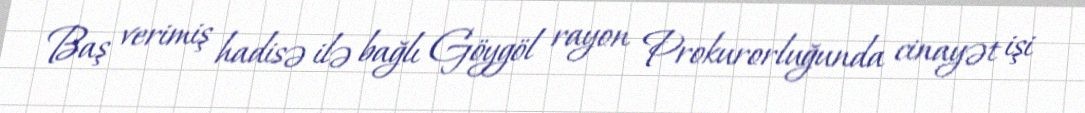
Baş verimiş hadisə ilə bağlı Göygöl rayon Prokurorluğunda cinayət işi